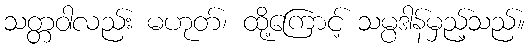
သတ္တဝါလည်း မဟုတ်၊ ထို့ကြောင့် သမ္ပဒါန်မှည့်သည်။